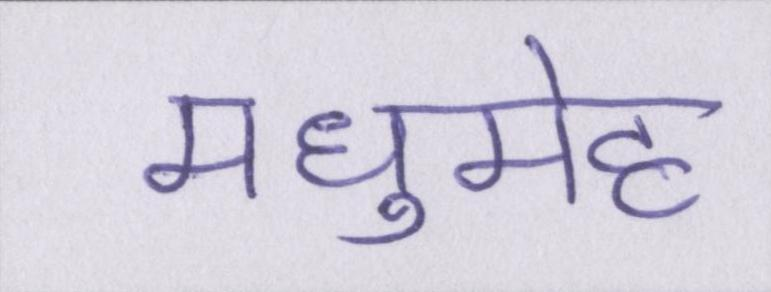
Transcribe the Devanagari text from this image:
मधुमेह